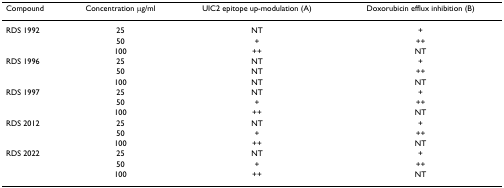
| Compound | Concentration μg/ml | UIC2 epitope up-modulation (A) | Doxorubicin efflux inhibition (B) |
 | --- | --- | --- | --- |
 | RDS 1992 | 25 | NT | + |
 |  | 50 | + | ++ |
 |  | 100 | ++ | NT |
 | RDS 1996 | 25 | NT | + |
 |  | 50 | NT | ++ |
 |  | 100 | NT | NT |
 | RDS 1997 | 25 | NT | + |
 |  | 50 | + | ++ |
 |  | 100 | ++ | NT |
 | RDS 2012 | 25 | NT | + |
 |  | 50 | + | ++ |
 |  | 100 | ++ | NT |
 | RDS 2022 | 25 | NT | + |
 |  | 50 | + | ++ |
 |  | 100 | ++ | NT |